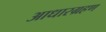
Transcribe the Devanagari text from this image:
आधारग्रहण